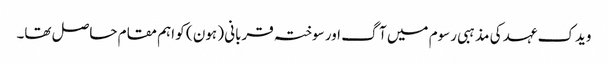
ویدک عہد کی مذہبی رسوم میں آگ اور سوختہ قربانی ( ہون ) کو اہم مقام حاصل تھا۔